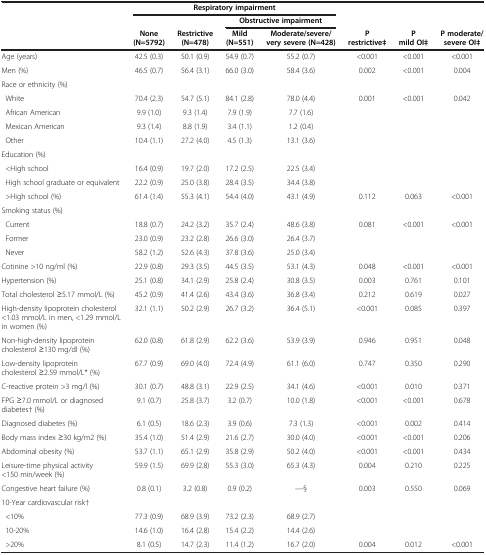
<table><thead><tr><td><b> </b></td><td colspan="4"><b>Respiratory impairment</b></td><td colspan="3"><b> </b></td></tr><tr><td><b> </b></td><td colspan="2"><b> </b></td><td colspan="2"><b>Obstructive impairment</b></td><td><b> </b></td><td><b> </b></td><td><b> </b></td></tr><tr><td><b> </b></td><td><b>None (N=5792)</b></td><td><b>Restrictive (N=478)</b></td><td><b>Mild (N=551)</b></td><td><b>Moderate/severe/very severe (N=428)</b></td><td><b>P restrictive‡</b></td><td><b>P mild OI‡</b></td><td><b>P moderate/ severe OI‡</b></td></tr></thead><tbody><tr><td>Age (years)</td><td>42.5 (0.3)</td><td>50.1 (0.9)</td><td>54.9 (0.7)</td><td>55.2 (0.7)</td><td>&lt;0.001</td><td>&lt;0.001</td><td>&lt;0.001</td></tr><tr><td>Men (%)</td><td>46.5 (0.7)</td><td>56.4 (3.1)</td><td>66.0 (3.0)</td><td>58.4 (3.6)</td><td>0.002</td><td>&lt;0.001</td><td>0.004</td></tr><tr><td>Race or ethnicity (%)</td><td> </td><td> </td><td> </td><td> </td><td> </td><td> </td><td> </td></tr><tr><td> White</td><td>70.4 (2.3)</td><td>54.7 (5.1)</td><td>84.1 (2.8)</td><td>78.0 (4.4)</td><td>0.001</td><td>&lt;0.001</td><td>0.042</td></tr><tr><td> African American</td><td>9.9 (1.0)</td><td>9.3 (1.4)</td><td>7.9 (1.9)</td><td>7.7 (1.6)</td><td> </td><td> </td><td> </td></tr><tr><td> Mexican American</td><td>9.3 (1.4)</td><td>8.8 (1.9)</td><td>3.4 (1.1)</td><td>1.2 (0.4)</td><td> </td><td> </td><td> </td></tr><tr><td> Other</td><td>10.4 (1.1)</td><td>27.2 (4.0)</td><td>4.5 (1.3)</td><td>13.1 (3.6)</td><td> </td><td> </td><td> </td></tr><tr><td>Education (%)</td><td> </td><td> </td><td> </td><td> </td><td> </td><td> </td><td> </td></tr><tr><td> &lt;High school</td><td>16.4 (0.9)</td><td>19.7 (2.0)</td><td>17.2 (2.5)</td><td>22.5 (3.4)</td><td> </td><td> </td><td> </td></tr><tr><td> High school graduate or equivalent</td><td>22.2 (0.9)</td><td>25.0 (3.8)</td><td>28.4 (3.5)</td><td>34.4 (3.8)</td><td> </td><td> </td><td> </td></tr><tr><td> &gt;High school (%)</td><td>61.4 (1.4)</td><td>55.3 (4.1)</td><td>54.4 (4.0)</td><td>43.1 (4.9)</td><td>0.112</td><td>0.063</td><td>&lt;0.001</td></tr><tr><td>Smoking status (%)</td><td> </td><td> </td><td> </td><td> </td><td> </td><td> </td><td> </td></tr><tr><td> Current</td><td>18.8 (0.7)</td><td>24.2 (3.2)</td><td>35.7 (2.4)</td><td>48.6 (3.8)</td><td>0.081</td><td>&lt;0.001</td><td>&lt;0.001</td></tr><tr><td> Former</td><td>23.0 (0.9)</td><td>23.2 (2.8)</td><td>26.6 (3.0)</td><td>26.4 (3.7)</td><td> </td><td> </td><td> </td></tr><tr><td> Never</td><td>58.2 (1.2)</td><td>52.6 (4.3)</td><td>37.8 (3.6)</td><td>25.0 (3.4)</td><td> </td><td> </td><td> </td></tr><tr><td>Cotinine &gt;10 ng/ml (%)</td><td>22.9 (0.8)</td><td>29.3 (3.5)</td><td>44.5 (3.5)</td><td>53.1 (4.3)</td><td>0.048</td><td>&lt;0.001</td><td>&lt;0.001</td></tr><tr><td>Hypertension (%)</td><td>25.1 (0.8)</td><td>34.1 (2.9)</td><td>25.8 (2.4)</td><td>30.8 (3.5)</td><td>0.003</td><td>0.761</td><td>0.101</td></tr><tr><td>Total cholesterol ≥5.17 mmol/L (%)</td><td>45.2 (0.9)</td><td>41.4 (2.6)</td><td>43.4 (3.6)</td><td>36.8 (3.4)</td><td>0.212</td><td>0.619</td><td>0.027</td></tr><tr><td>High-density lipoprotein cholesterol &lt;1.03 mmol/L in men, &lt;1.29 mmol/L in women (%)</td><td>32.1 (1.1)</td><td>50.2 (2.9)</td><td>26.7 (3.2)</td><td>36.4 (5.1)</td><td>&lt;0.001</td><td>0.085</td><td>0.397</td></tr><tr><td>Non-high-density lipoprotein cholesterol ≥130 mg/dl (%)</td><td>62.0 (0.8)</td><td>61.8 (2.9)</td><td>62.2 (3.6)</td><td>53.9 (3.9)</td><td>0.946</td><td>0.951</td><td>0.048</td></tr><tr><td>Low-density lipoprotein cholesterol ≥2.59 mmol/L* (%)</td><td>67.7 (0.9)</td><td>69.0 (4.0)</td><td>72.4 (4.9)</td><td>61.1 (6.0)</td><td>0.747</td><td>0.350</td><td>0.290</td></tr><tr><td>C-reactive protein &gt;3 mg/l (%)</td><td>30.1 (0.7)</td><td>48.8 (3.1)</td><td>22.9 (2.5)</td><td>34.1 (4.6)</td><td>&lt;0.001</td><td>0.010</td><td>0.371</td></tr><tr><td>FPG ≥7.0 mmol/L or diagnosed diabetes† (%)</td><td>9.1 (0.7)</td><td>25.8 (3.7)</td><td>3.2 (0.7)</td><td>10.0 (1.8)</td><td>&lt;0.001</td><td>&lt;0.001</td><td>0.678</td></tr><tr><td>Diagnosed diabetes (%)</td><td>6.1 (0.5)</td><td>18.6 (2.3)</td><td>3.9 (0.6)</td><td>7.3 (1.3)</td><td>&lt;0.001</td><td>0.002</td><td>0.414</td></tr><tr><td>Body mass index ≥30 kg/m2 (%)</td><td>35.4 (1.0)</td><td>51.4 (2.9)</td><td>21.6 (2.7)</td><td>30.0 (4.0)</td><td>&lt;0.001</td><td>&lt;0.001</td><td>0.206</td></tr><tr><td>Abdominal obesity (%)</td><td>53.7 (1.1)</td><td>65.1 (2.9)</td><td>35.8 (2.9)</td><td>50.2 (4.0)</td><td>&lt;0.001</td><td>&lt;0.001</td><td>0.434</td></tr><tr><td>Leisure-time physical activity &lt;150 min/week (%)</td><td>59.9 (1.5)</td><td>69.9 (2.8)</td><td>55.3 (3.0)</td><td>65.3 (4.3)</td><td>0.004</td><td>0.210</td><td>0.225</td></tr><tr><td>Congestive heart failure (%)</td><td>0.8 (0.1)</td><td>3.2 (0.8)</td><td>0.9 (0.2)</td><td>—§</td><td>0.003</td><td>0.550</td><td>0.069</td></tr><tr><td>10-Year cardiovascular risk†</td><td> </td><td> </td><td> </td><td> </td><td> </td><td> </td><td> </td></tr><tr><td> &lt;10%</td><td>77.3 (0.9)</td><td>68.9 (3.9)</td><td>73.2 (2.3)</td><td>68.9 (2.7)</td><td> </td><td> </td><td> </td></tr><tr><td> 10-20%</td><td>14.6 (1.0)</td><td>16.4 (2.8)</td><td>15.4 (2.2)</td><td>14.4 (2.6)</td><td> </td><td> </td><td> </td></tr><tr><td> &gt;20%</td><td>8.1 (0.5)</td><td>14.7 (2.3)</td><td>11.4 (1.2)</td><td>16.7 (2.0)</td><td>0.004</td><td>0.012</td><td>&lt;0.001</td></tr></tbody></table>